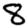
Digit: 8